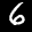
Label: 6